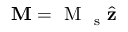
\mathbf { M } = \mathrm { ~ M ~ } _ { \mathrm { ~ s ~ } } \hat { \mathbf { z } }